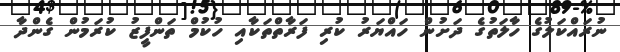
ނުރައްކަލުގެ ހާލަތުގެ ދަށުން ހައްޔަރު ކުރި ފަރާތްތަކާއި ހުކުމް ތަންފީޒު ކުރަމުން ގެންދާ